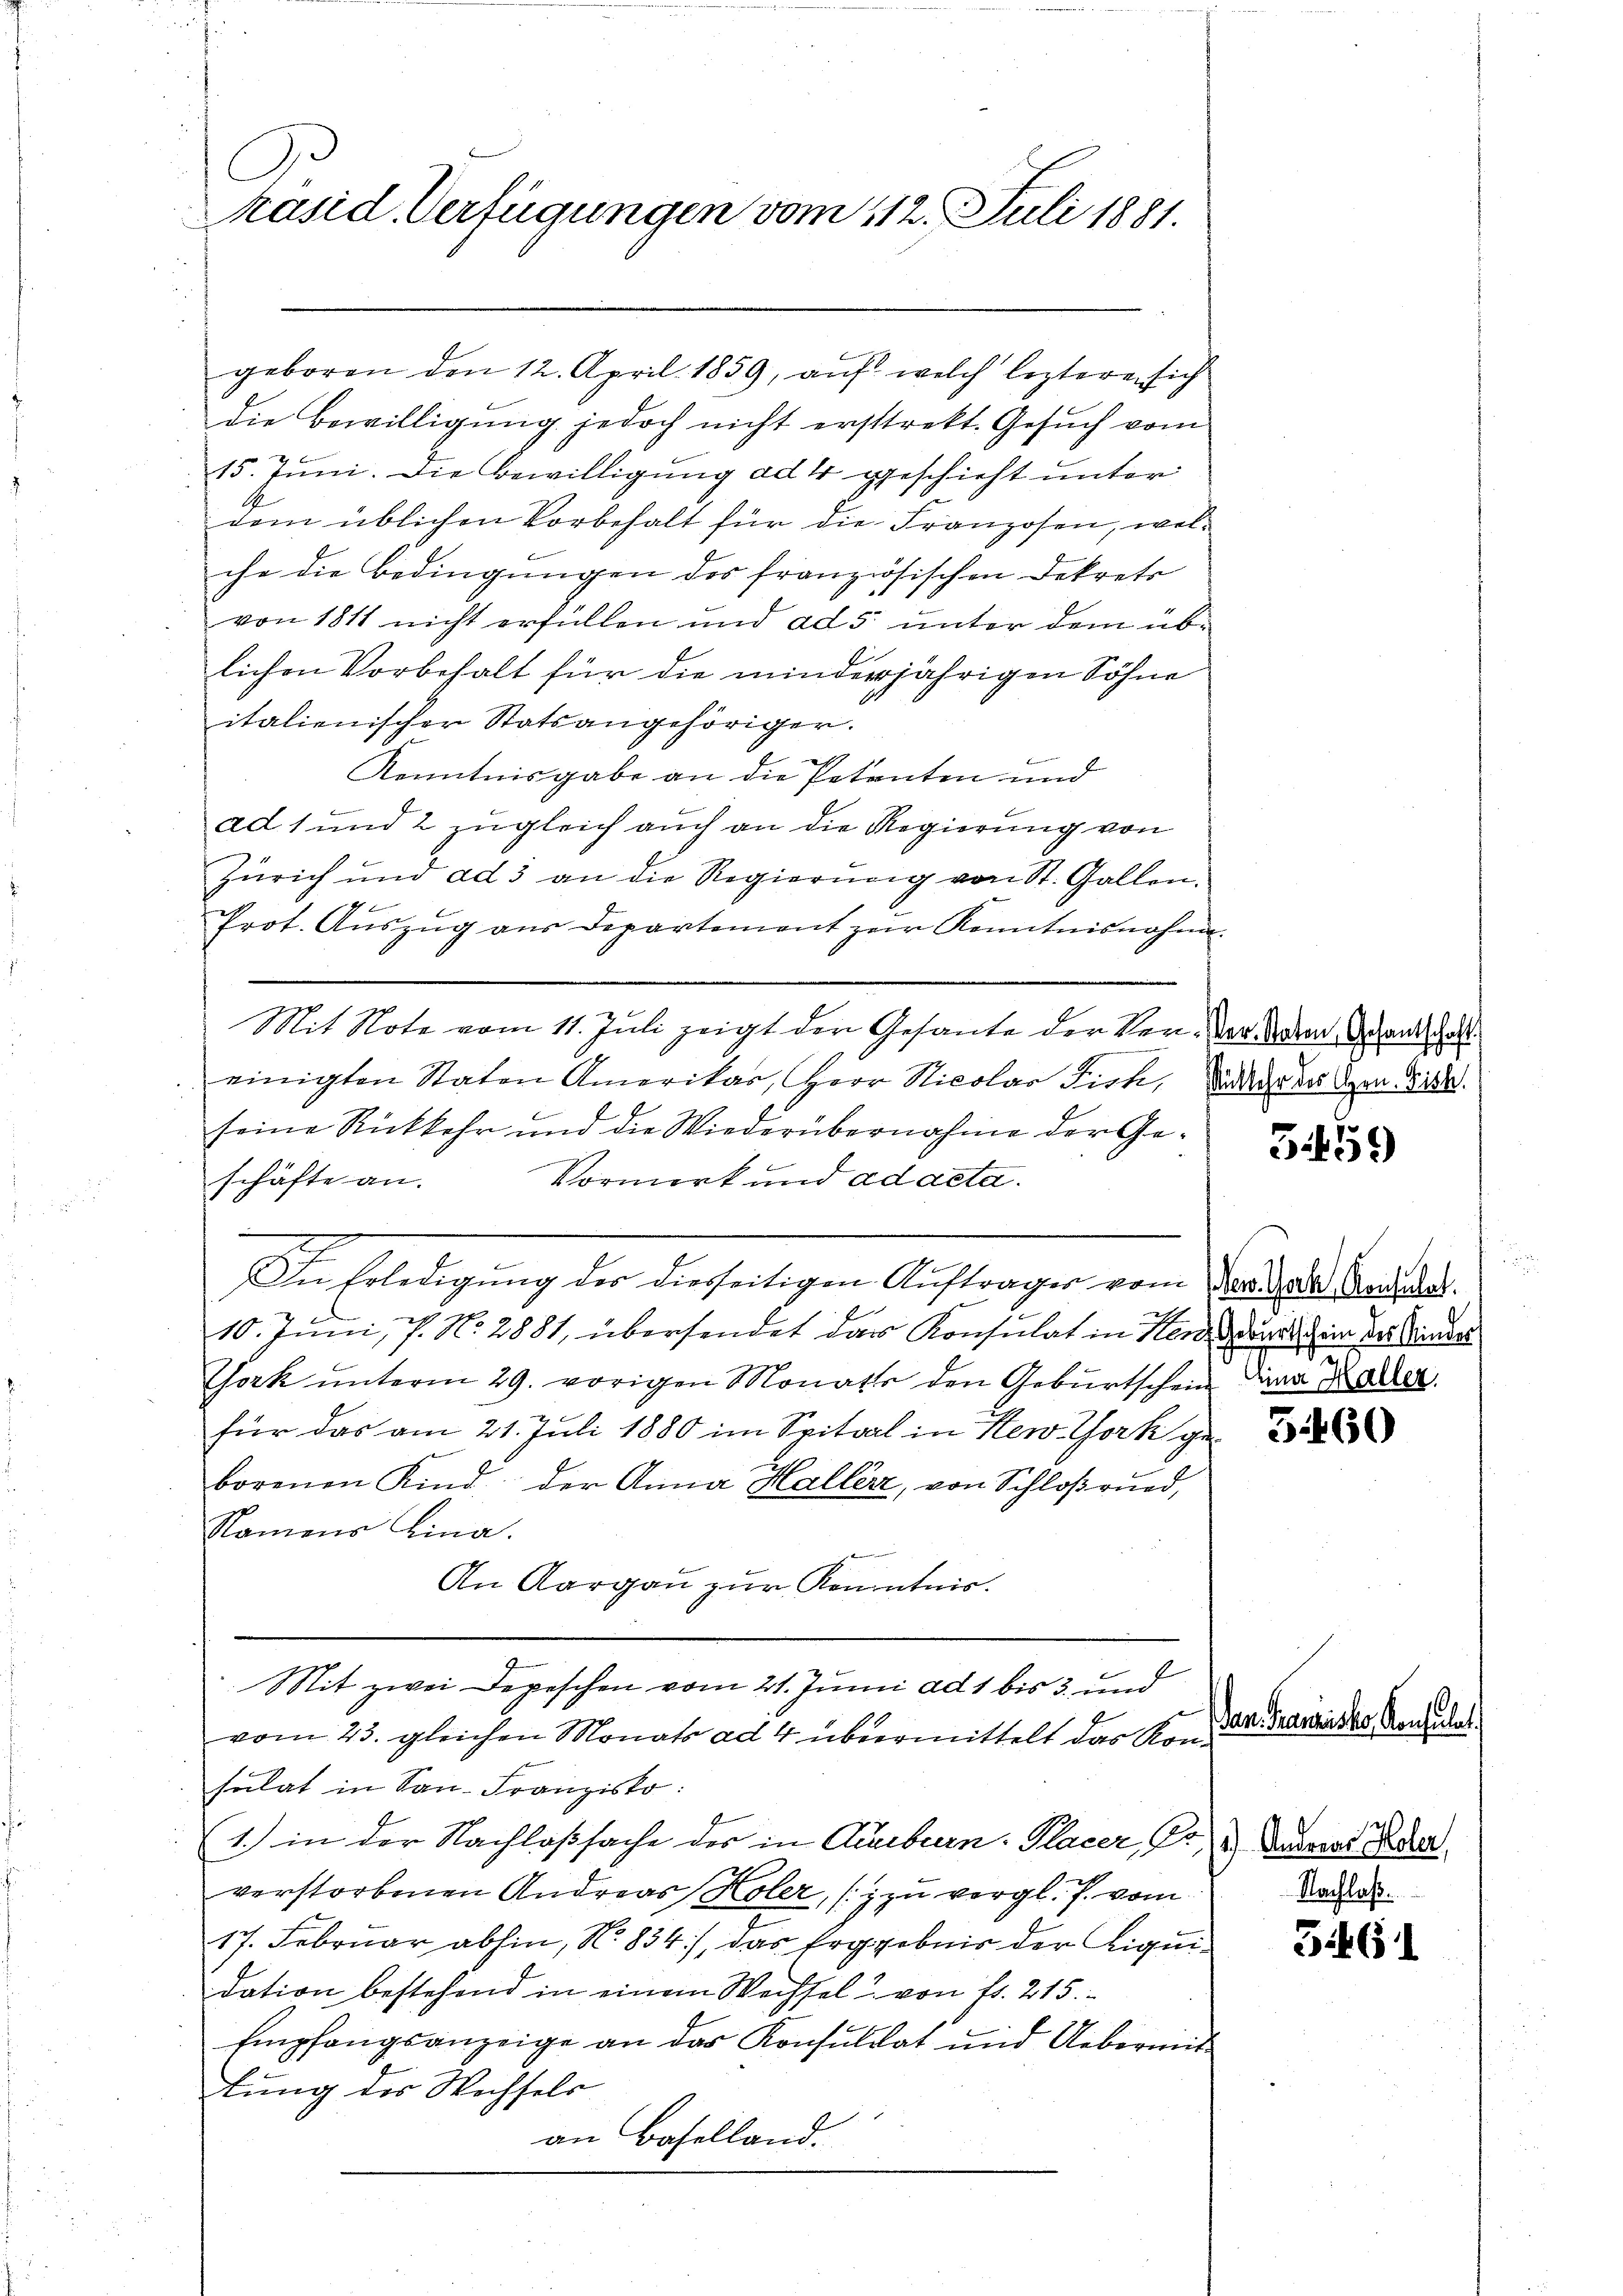
räsid. Verfügungen vom 112. Juli 1881.

geboren den 12. April 1859, auf welch leztere sich
die Bewilligŭng jedoch nicht erstrekt. Gesŭch vom
15. Juni. Die Bewilligung ad 4 geschieht unter
dem üblichen Vorbehalt für die Franzosen, welche die Bedingungen des französischen Dekrete
von 1811 nicht erfüllen und ad 5. unter dem üblichen Vorbehalt für die minderjährigen Söhne
italienischer Statsangehöriger.
 en
Kenntnisgabe an die Petenten und
t
ad. 1 und 2 zugleich auch an die Regierung von
Zürich und ad 3 an die Regierŭng von St. Gallen.
Prot. Aŭszŭg aŭs Departement zur Kenntnisnahme.
Mit Note vom 11. Juli zeigt der Gesante der Ver- der den Adenthal
einigten Staten Amerikar, Herr Nicolar Fick, da der des Den 21.
seine Rückkehr und die Wiederübernahme der Geschäfte an.
Vormerk und ad acta.
In Erledigung der diesseitigen Auftrages vom Dr. Jede Mauer.
10. Juni, P. No. 2881, übersendet das Konsulat in Handere in der Kinder
York unterm 29. vorigen Monats den Geburtschein die an der
für das am 21. Juli 1880 im Spital in New York geborenen Kind der Anna Haller, von Schloßrund,
Namens Lina.
s
An Aargau zur Kenntnis.
Sit zwei Depeschen vom 21. Junii ad 1 bis 3. und
vom 23. gleichen Monats ad 4 übermittelt das Konsulat in San. Franzisko:
1.) in der Nachlaßsache des in Aeuburn. Placer, No. 3) Andreas Feder
verstorbenen Andreas Koler, (zu vergl. P. vom
17. Februar abhin, No. 834), das Ergebnis der Liquidation bestehend in einem Wechsel von fr. 215.
Empfangsanzeige an das Konsultat und Uebermit
lung des Wechsels
f
an Baselland.

31459

3460

Dan Franzisker Konsula

Nachlaß.

5461